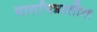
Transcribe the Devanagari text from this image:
वार्तापत्रातील